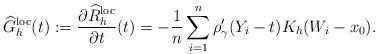
LaTeX: \begin{align*} \widehat{G}^{\mathrm{loc}}_{h}(t):=\frac{\partial\widehat{R}^{\mathrm{loc}}_{h}}{\partial t}(t) =-\frac{1}{n}\sum_{i=1}^n\rho_\gamma' (Y_i-t ) K_h(W_i-x_0).\end{align*}